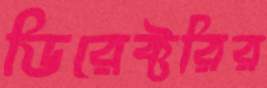
ডিরেক্টরির